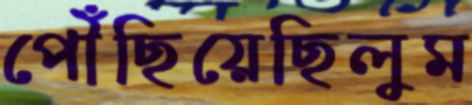
পৌঁছিয়েছিলুম